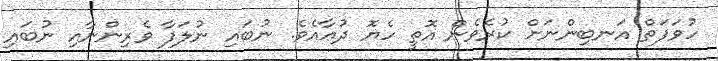
ހުވަފަތް އަނބިންނަށް ކުރެވެން އޮތީ ހެޔޮ ދުޢާއެވެ. ނުބައި ނުލަފާ ވެރިންނާއި ނުބައި